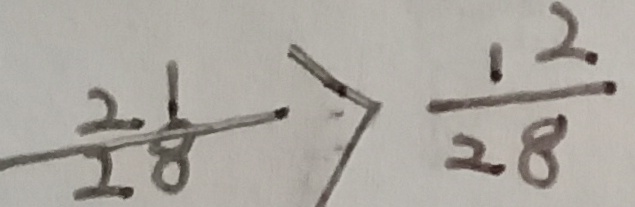
\frac { 2 1 } { 2 8 } > \frac { 1 2 } { 2 8 }